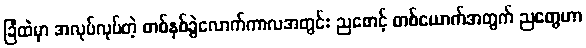
ခြံထဲမှာ အလုပ်လုပ်တဲ့ တစ်နှစ်ခွဲလောက်ကာလအတွင်း ညစောင့် တစ်ယောက်အတွက် ညတွေဟာ